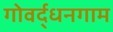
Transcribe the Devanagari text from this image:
गोवर्द्धनगाम